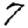
Digit: 7